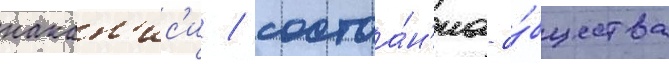
накан'ис'и / состоа́н'иа о́бщества